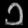
Digit: ၁